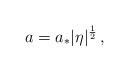
LaTeX: \begin{align*} a=a_*|\eta|^{\frac{1}{2}} \,,\end{align*}